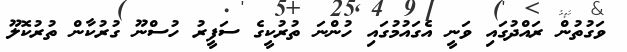
ވަގުތުން ރައްދުގައި ވަނީ އެގައުމުގައި ހުންނަ ތުުރުކީގެ ސަފީރު ހުސްނޫ ގުރުކާން ތުުރުކޮލޫ